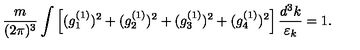
{ \frac { m } { ( 2 \pi ) ^ { 3 } } } \int \left[ ( g _ { 1 } ^ { ( 1 ) } ) ^ { 2 } + ( g _ { 2 } ^ { ( 1 ) } ) ^ { 2 } + ( g _ { 3 } ^ { ( 1 ) } ) ^ { 2 } + ( g _ { 4 } ^ { ( 1 ) } ) ^ { 2 } \right] { \frac { d ^ { 3 } k } { \varepsilon _ { k } } } = 1 .